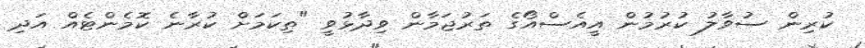
ކުރިން ސުވާލު ކުރުމުން އީއެސްއޯގެ ތަރުޖަމާން ވިދާޅުވީ "ތިކަމަށް ކުރާނެ ކޮމެންޓެއް އަދި